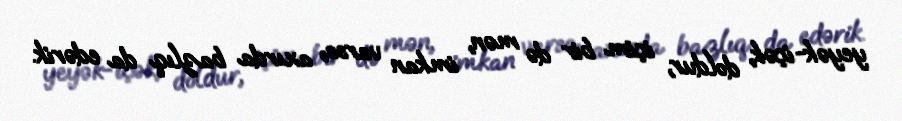
yeyək-içək, doldur, içim bir də mən, imkan varsa, axırda bazlıq da edərik.